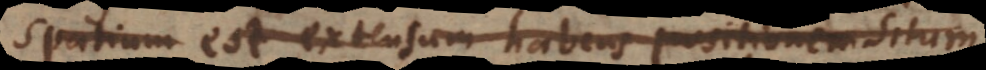
Spatium est extensum habens positionem situm.